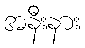
အနီးနား